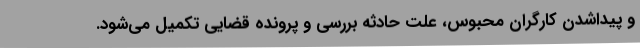
و پیداشدن کارگران محبوس، علت حادثه بررسی و پرونده قضایی تکمیل می‌شود.